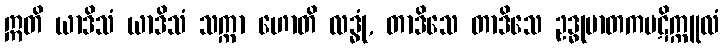
ဣတိ ယာဒိသံ ယာဒိသံ သက္ကာ ဟောတိ လဒ္ဓုံ, တာဒိသေ တာဒိသေ ဥဒ္ဓုမာတကပဋိက္ကူလံ